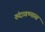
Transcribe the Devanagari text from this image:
रुंदावण्यास